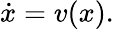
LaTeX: {\dot{x}}=v(x).